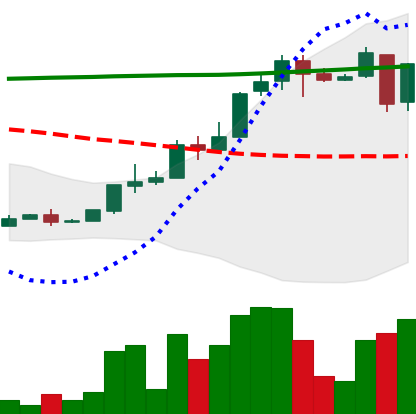
Ticker: XLM-USD
Chart end date: 2018-04-26
Forward return: 13.463%
Label: up_7plus